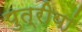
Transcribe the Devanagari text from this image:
पुत्रीयां